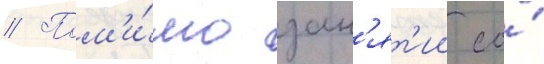
// Пом'и́мо зан'ят'ии со́